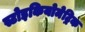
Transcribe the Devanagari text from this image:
स्टोइकियोमेट्रिक